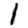
Digit: 1